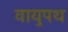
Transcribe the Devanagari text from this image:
वायुपथ